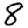
Digit: 8